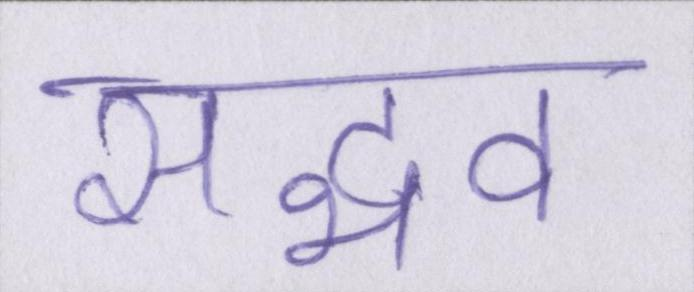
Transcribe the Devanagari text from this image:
सद्भव